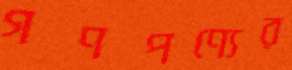
গণপণ্যের